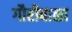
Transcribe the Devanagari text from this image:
गौरीबाळा